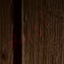
أكافح